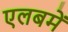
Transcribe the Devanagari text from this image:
एलबमें